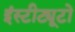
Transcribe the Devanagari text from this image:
इंस्टीट्यूटो